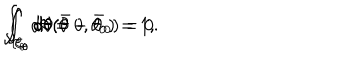
LaTeX: \int _ { { \cal C } _ { \theta } } d \theta = 0 , \hspace { 1 c m } \int _ { { \cal C } _ { \theta } } d \theta ( \theta - \theta _ { 0 } ) = 1 , \hspace { 1 c m } \int _ { { \cal C } _ { \theta } } d \theta ( \bar { \theta } - \bar { \theta } _ { 0 } ) = 0 .